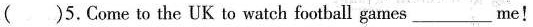
( )5.Come to the UK to watch football games___me!